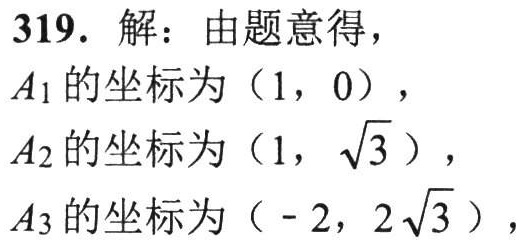
319. 解：由题意得，
\(A_1\)的坐标为\((1,0)\)，
\(A_2\)的坐标为\((1,\sqrt{3})\)，
\(A_3\)的坐标为\((-2,2\sqrt{3})\)，